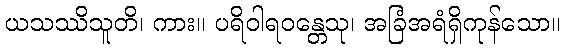
ယသဿိသူတိ၊ ကား။ ပရိဝါရဝန္တေသု၊ အခြံအရံရှိကုန်သော။